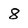
Character: 8